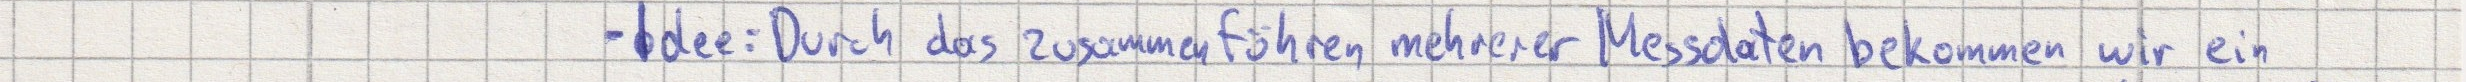
- Idee: Durch das zusammenführen mehrerer Messdaten bekommen wir ein